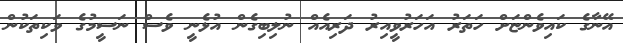
އޭނާގެ ކައިވެންޏަށް ހަތަރު އަހަރުވީއިރު ދަރިއެއް ނުލިބިގެން އުޅެނީ ވެސް ނަސީމުގެ ވަކިތަކުން